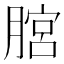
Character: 𦞨